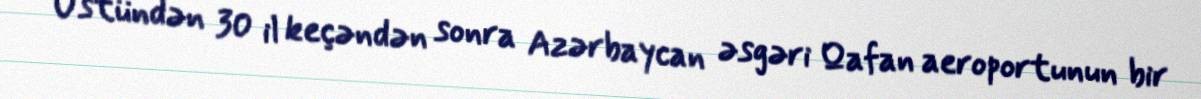
Üstündən 30 il keçəndən sonra Azərbaycan əsgəri Qafan aeroportunun bir